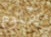
تقاوم